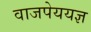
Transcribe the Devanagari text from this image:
वाजपेययज्ञ